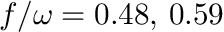
f / \omega = 0 . 4 8 , \, 0 . 5 9